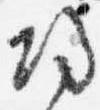
帰